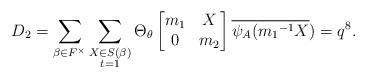
LaTeX: \begin{align*} D_2=\displaystyle \sum_{\beta \in F^{\times}} \sum_{\substack{X\in S(\beta) \\ t=1 }}\Theta_{\theta} \begin{bmatrix} m_1 & X\\0 & m_2\end{bmatrix}\overline{\psi_A({m_1}^{-1}X})=q^8.\end{align*}